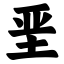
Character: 垩